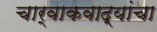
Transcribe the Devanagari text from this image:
चार्वाकवाद्यांचा